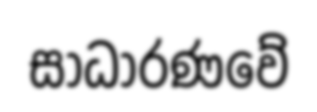
සාධාරණවේ